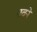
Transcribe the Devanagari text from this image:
बवने